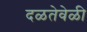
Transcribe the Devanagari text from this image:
दळतेवेळी